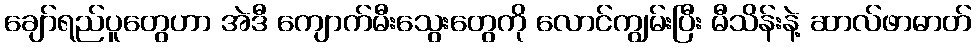
ချော်ရည်ပူတွေဟာ အဲဒီ ကျောက်မီးသွေးတွေကို လောင်ကျွမ်းပြီး မီသိန်းနဲ့ ဆာလ်ဖာဓာတ်